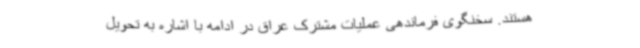
هستند. سخنگوی فرماندهی عملیات مشترک عراق در ادامه با اشاره به تحویل